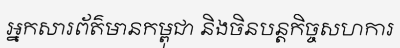
អ្នកសារព័ត៌មានកម្ពុជា និងចិនបន្តកិច្ចសហការ